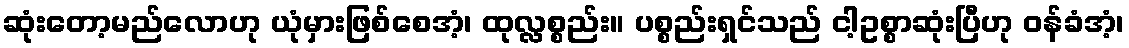
ဆုံးတော့မည်လောဟု ယုံမှားဖြစ်စေအံ့၊ ထုလ္လစ္စည်း။ ပစ္စည်းရှင်သည် ငါ့ဥစ္စာဆုံးပြီဟု ဝန်ခံအံ့၊